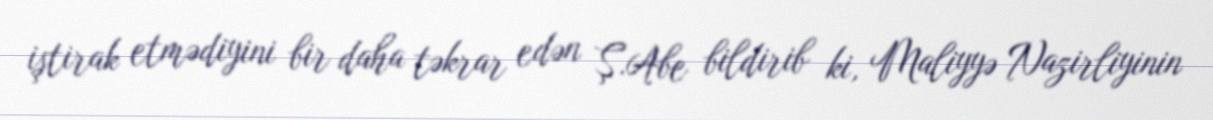
iştirak etmədiyini bir daha təkrar edən Ş.Abe bildirib ki, Maliyyə Nazirliyinin